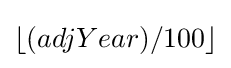
\lfloor (adjYear)/100\rfloor